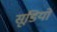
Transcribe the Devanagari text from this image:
सूंडियों